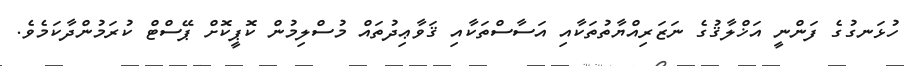
ހުޅަނގުގެ ފަންނީ އަޚްލާޤުގެ ނަޒަރިއްޔާތުތަކާއި އަސާސްތަކާއި ޤަވާޢިދުތައް މުސްލިމުން ކޮޕީކޮށް ޕޭސްޓް ކުރަމުންދާކަމެވެ.